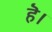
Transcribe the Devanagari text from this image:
हॆ।